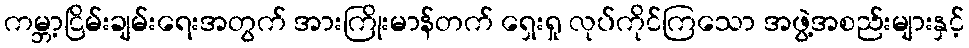
ကမ္ဘာ့ငြိမ်းချမ်းရေးအတွက် အားကြိုးမာန်တက် ရှေးရှု လုပ်ကိုင်ကြသော အဖွဲ့အစည်းများနှင့်